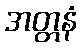
အတ္တနံ